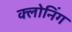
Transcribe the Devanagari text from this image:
क्‍लोनिंग